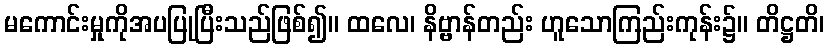
မကောင်းမှုကိုအပပြုပြီးသည်ဖြစ်၍။ ထလေ၊ နိဗ္ဗာန်တည်း ဟူသောကြည်းကုန်း၌။ တိဋ္ဌတိ၊